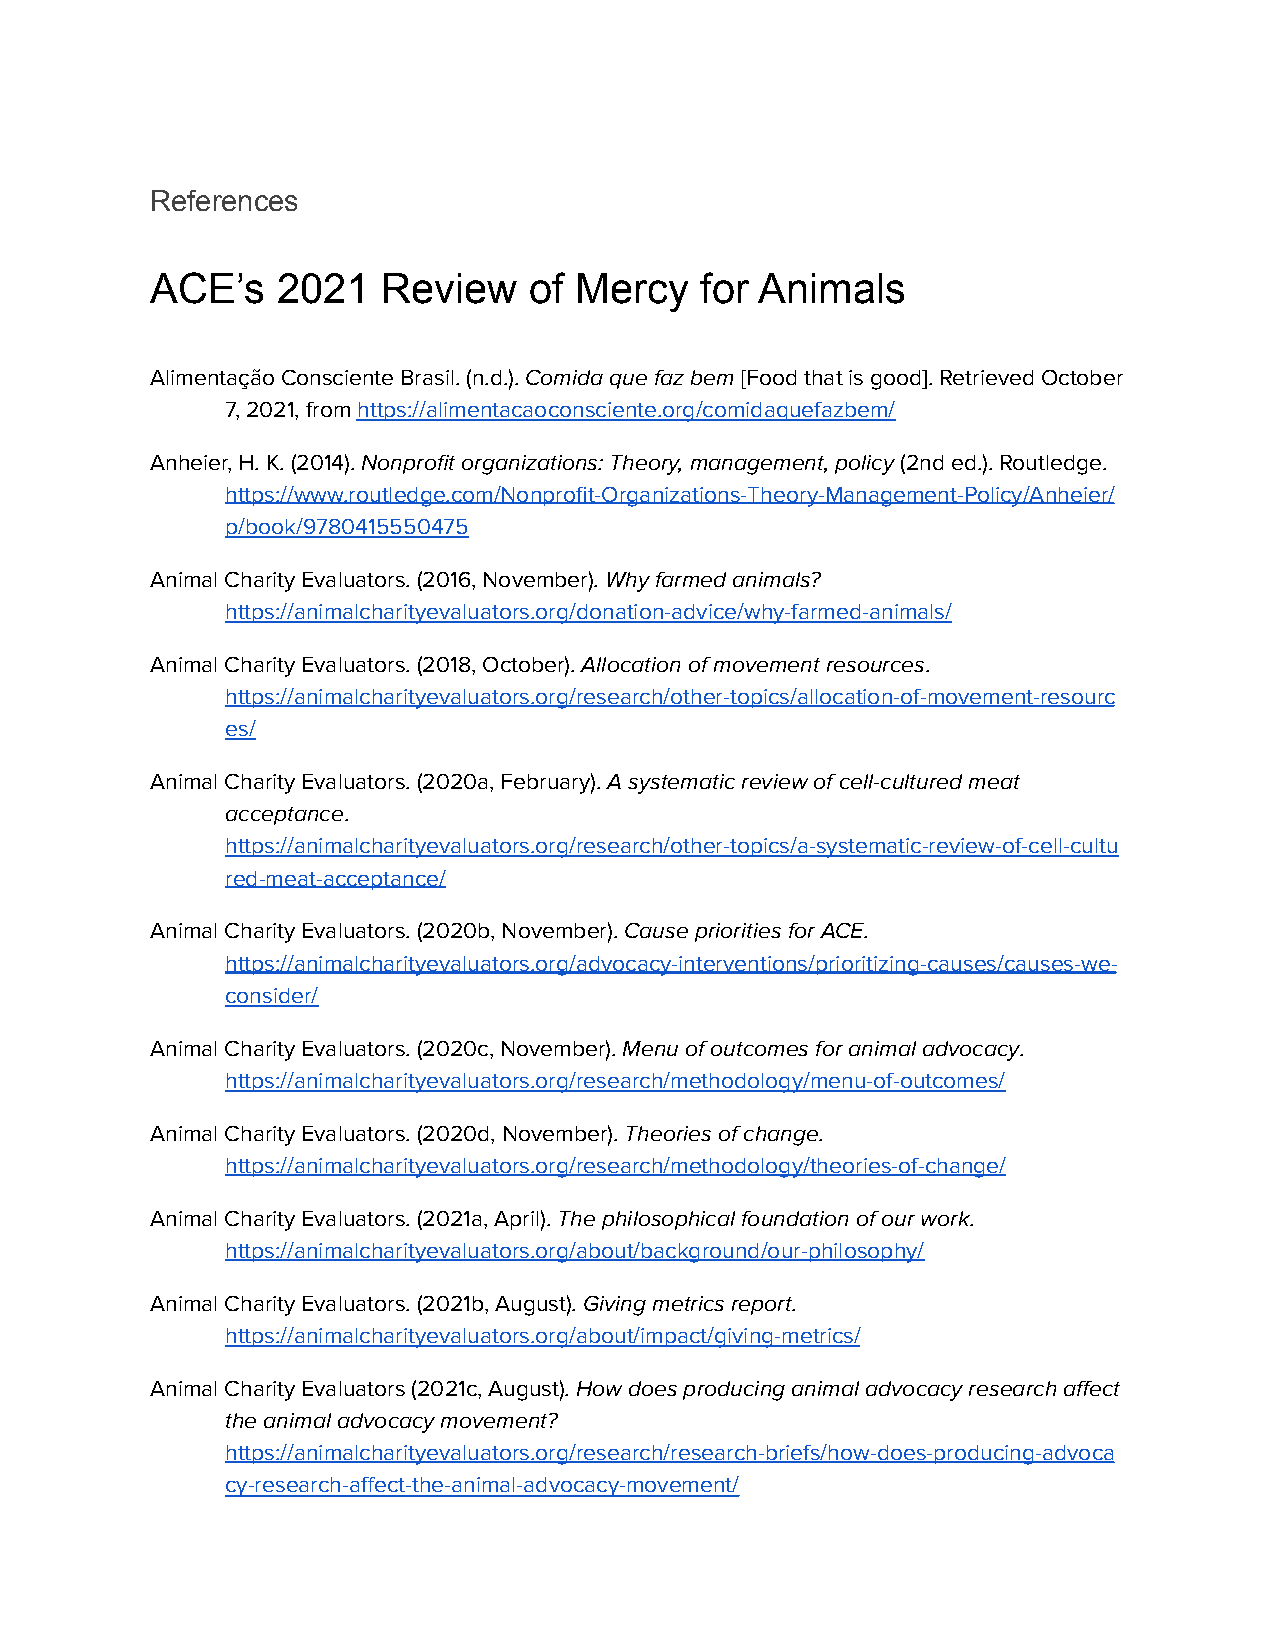
References
 ACE’s   2021   Review    of Mercy   for Animals
 Alimentação Consciente Brasil. (n.d.).Comida quefaz bem[Food that is good]. Retrieved October
 7, 2021, fromhttps://alimentacaoconsciente.org/comidaquefazbem/
 Anheier, H. K. (2014).Nonprofit organizations: Theory,management, policy(2nd ed.). Routledge.
 https://www.routledge.com/Nonprofit-Organizations-Theory-Management-Policy/Anheier/
 p/book/9780415550475
 Animal Charity Evaluators. (2016, November).Why farmedanimals?
 https://animalcharityevaluators.org/donation-advice/why-farmed-animals/
 Animal Charity Evaluators. (2018, October).Allocationof movement resources.
 https://animalcharityevaluators.org/research/other-topics/allocation-of-movement-resourc
 es/
 Animal Charity Evaluators. (2020a, February).A systematicreview of cell-cultured meat
 acceptance.
 https://animalcharityevaluators.org/research/other-topics/a-systematic-review-of-cell-cultu
 red-meat-acceptance/
 Animal Charity Evaluators. (2020b, November).Causepriorities for ACE.
 https://animalcharityevaluators.org/advocacy-interventions/prioritizing-causes/causes-we-
 consider/
 Animal Charity Evaluators. (2020c, November).Menuof outcomes for animal advocacy.
 https://animalcharityevaluators.org/research/methodology/menu-of-outcomes/
 Animal Charity Evaluators. (2020d, November).Theoriesof change.
 https://animalcharityevaluators.org/research/methodology/theories-of-change/
 Animal Charity Evaluators. (2021a, April).The philosophicalfoundation of our work.
 https://animalcharityevaluators.org/about/background/our-philosophy/
 Animal Charity Evaluators. (2021b, August).Givingmetrics report.
 https://animalcharityevaluators.org/about/impact/giving-metrics/
 Animal Charity Evaluators (2021c, August).How doesproducing animal advocacy research affect
 the animal advocacy movement?
 https://animalcharityevaluators.org/research/research-briefs/how-does-producing-advoca
 cy-research-affect-the-animal-advocacy-movement/